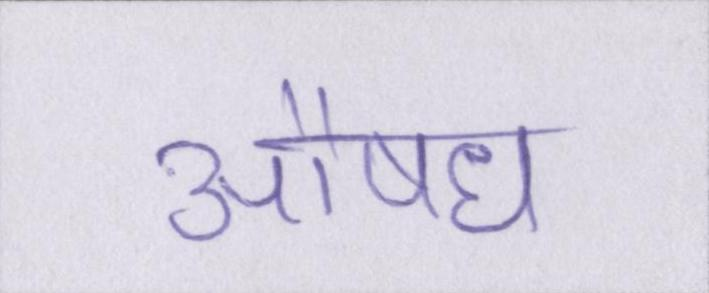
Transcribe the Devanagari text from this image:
औषध